Vaccination Hyderabad 1872-1889 - 1872-1889
Year: 1872
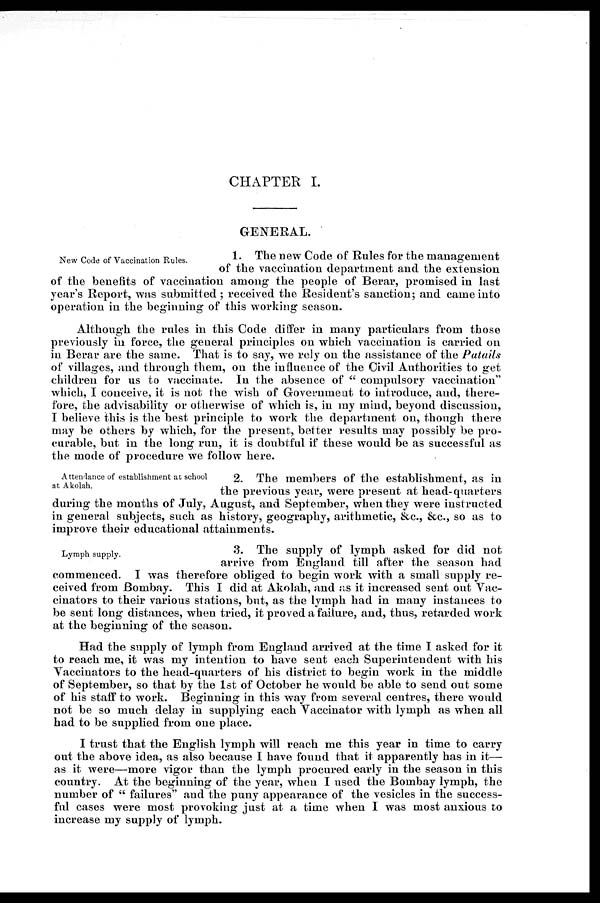
CHAPTER I.
GENERAL.
New Code of Vaccination Rules.
1. The new Code of Rules for the management
of the vaccination department and the extension
of the benefits of vaccination among the people of Berar, promised in last
year's Report, was submitted; received the Resident's sanction; and came into
operation in the beginning of this working season.
Although the rules in this Code differ in many particulars from those
previously in force, the general principles on which vaccination is carried on
in Berar are the same. That is to say, we rely on the assistance of the Patails
of villages, and through them, on the influence of the Civil Authorities to get
children for us to vaccinate. In the absence of " compulsory vaccination"
which, I conceive, it is not the wish of Government to introduce, and, there-
fore, the advisability or otherwise of which is, in my mind, beyond discussion,
I believe this is the best principle to work the department on, though there
may be others by which, for the present, better results may possibly be pro-
curable, but in the long run, it is doubtful if these would be as successful as
the mode of procedure we follow here.
Attendance of establishment at school
at Akolah.
2. The members of the establishment, as in
the previous year, were present at head-quarters
during the months of July, August, and September, when they were instructed
in general subjects, such as history, geography, arithmetic, &c., &c., so as to
improve their educational attainments.
Lymph supply.
3. The supply of lymph asked for did not
arrive from England till after the season had
commenced. I was therefore obliged to begin work with a small supply re-
ceived from Bombay. This I did at Akolah, and as it increased sent out Vac-
cinators to their various stations, but, as the lymph had in many instances to
be sent long distances, when tried, it proved a failure, and, thus, retarded work
at the beginning of the season.
Had the supply of lymph from England arrived at the time I asked for it
to reach me, it was my intention to have sent each Superintendent with his
Vaccinators to the head-quarters of his district to begin work in the middle
of September, so that by the 1st of October he would be able to send out some
of his staff to work. Beginning in this way from several centres, there would
not be so much delay in supplying each Vaccinator with lymph as when all
had to be supplied from one place.
I trust that the English lymph will reach me this year in time to carry
out the above idea, as also because I have found that it apparently has in it—
as it were—more vigor than the lymph procured early in the season in this
country. At the beginning of the year, when I used the Bombay lymph, the
number of " failures" and the puny appearance of the vesicles in the success-
ful cases were most provoking just at a time when I was most anxious to
increase my supply of lymph.